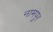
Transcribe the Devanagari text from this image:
नामपुर